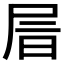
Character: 𡱔